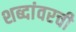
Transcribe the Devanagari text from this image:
शब्दांवरची